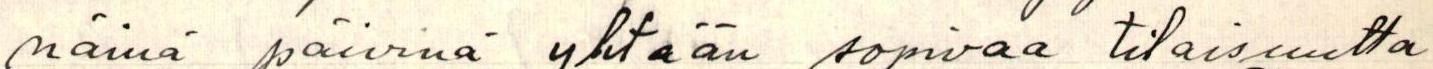
näinä päivinä yhtään sopivaa tilaisuutta